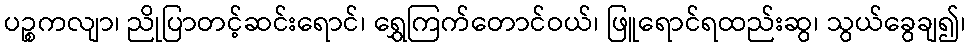
ပဉ္စကလျာ၊ ညိုပြာတင့်ဆင်းရောင်၊ ရွှေကြက်တောင်ဝယ်၊ ဖြူရောင်ရထည်းဆွ၊ သွယ်ခွေချ၍၊